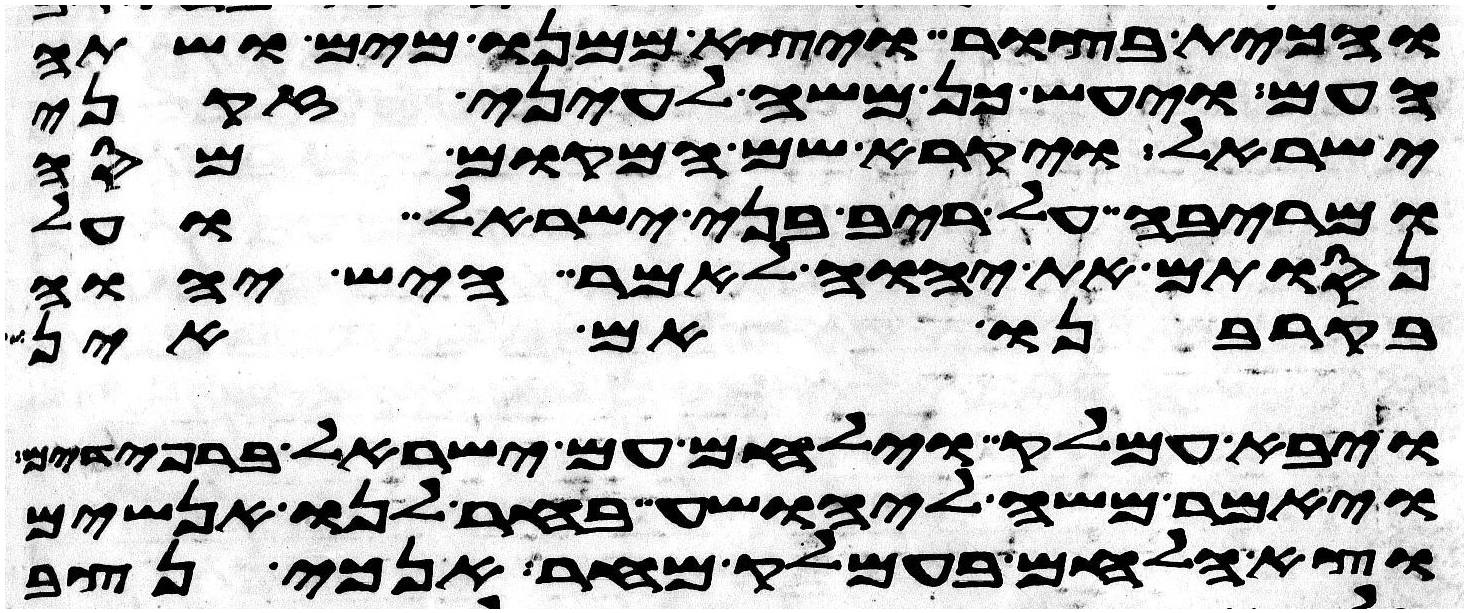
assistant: והכית בצור ויצא ממנו מים ושתה
העם ויעש כן משה לעיני זקני
ישראל ויקרא שם המקום מסה
ומריבה על ריב בני ישראל ועל
נסותם את יהוה לאמר היש יהוה
בקרבנו אם אין
ויבא עמלק וילחם עם ישראל ברפידים
ויאמר משה ליהושע בחר לנו אנשים
וצא הלחם בעמלק מחר אנכי נצב